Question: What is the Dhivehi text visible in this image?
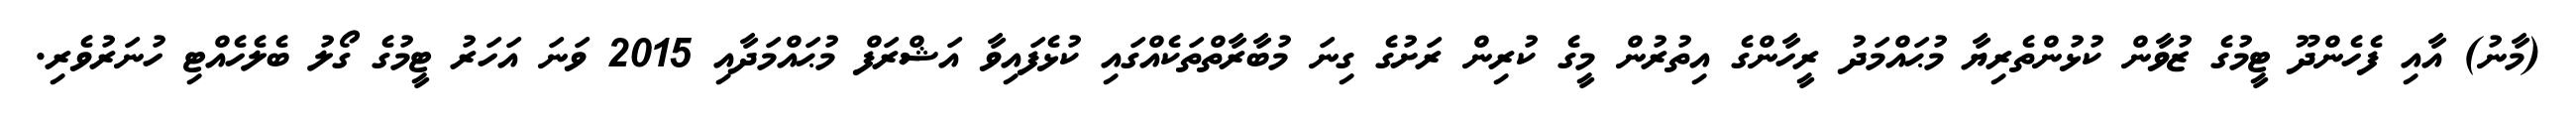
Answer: (މާނު) އާއި ފެހެންދޫ ޓީމުގެ ޒުވާން ކުޅުންތެރިޔާ މުޙައްމަދު ރީހާންގެ އިތުރުން މީގެ ކުރިން ރަށުގެ ގިނަ މުބާރާތްތަކެއްގައި ކުޅެފައިވާ އަޝްރަފް މުޙައްމަދާއި 2015 ވަނަ އަހަރު ޓީމުގެ ގޯލު ބެލެހެއްޓި ހުނަރުވެރި.